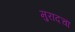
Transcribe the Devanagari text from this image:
मुरादचा